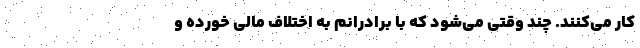
کار می‌کنند. چند وقتی می‌شود که با برادرانم به اختلاف مالی خورده و